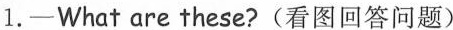
1.——What are these?(看图回答问题)